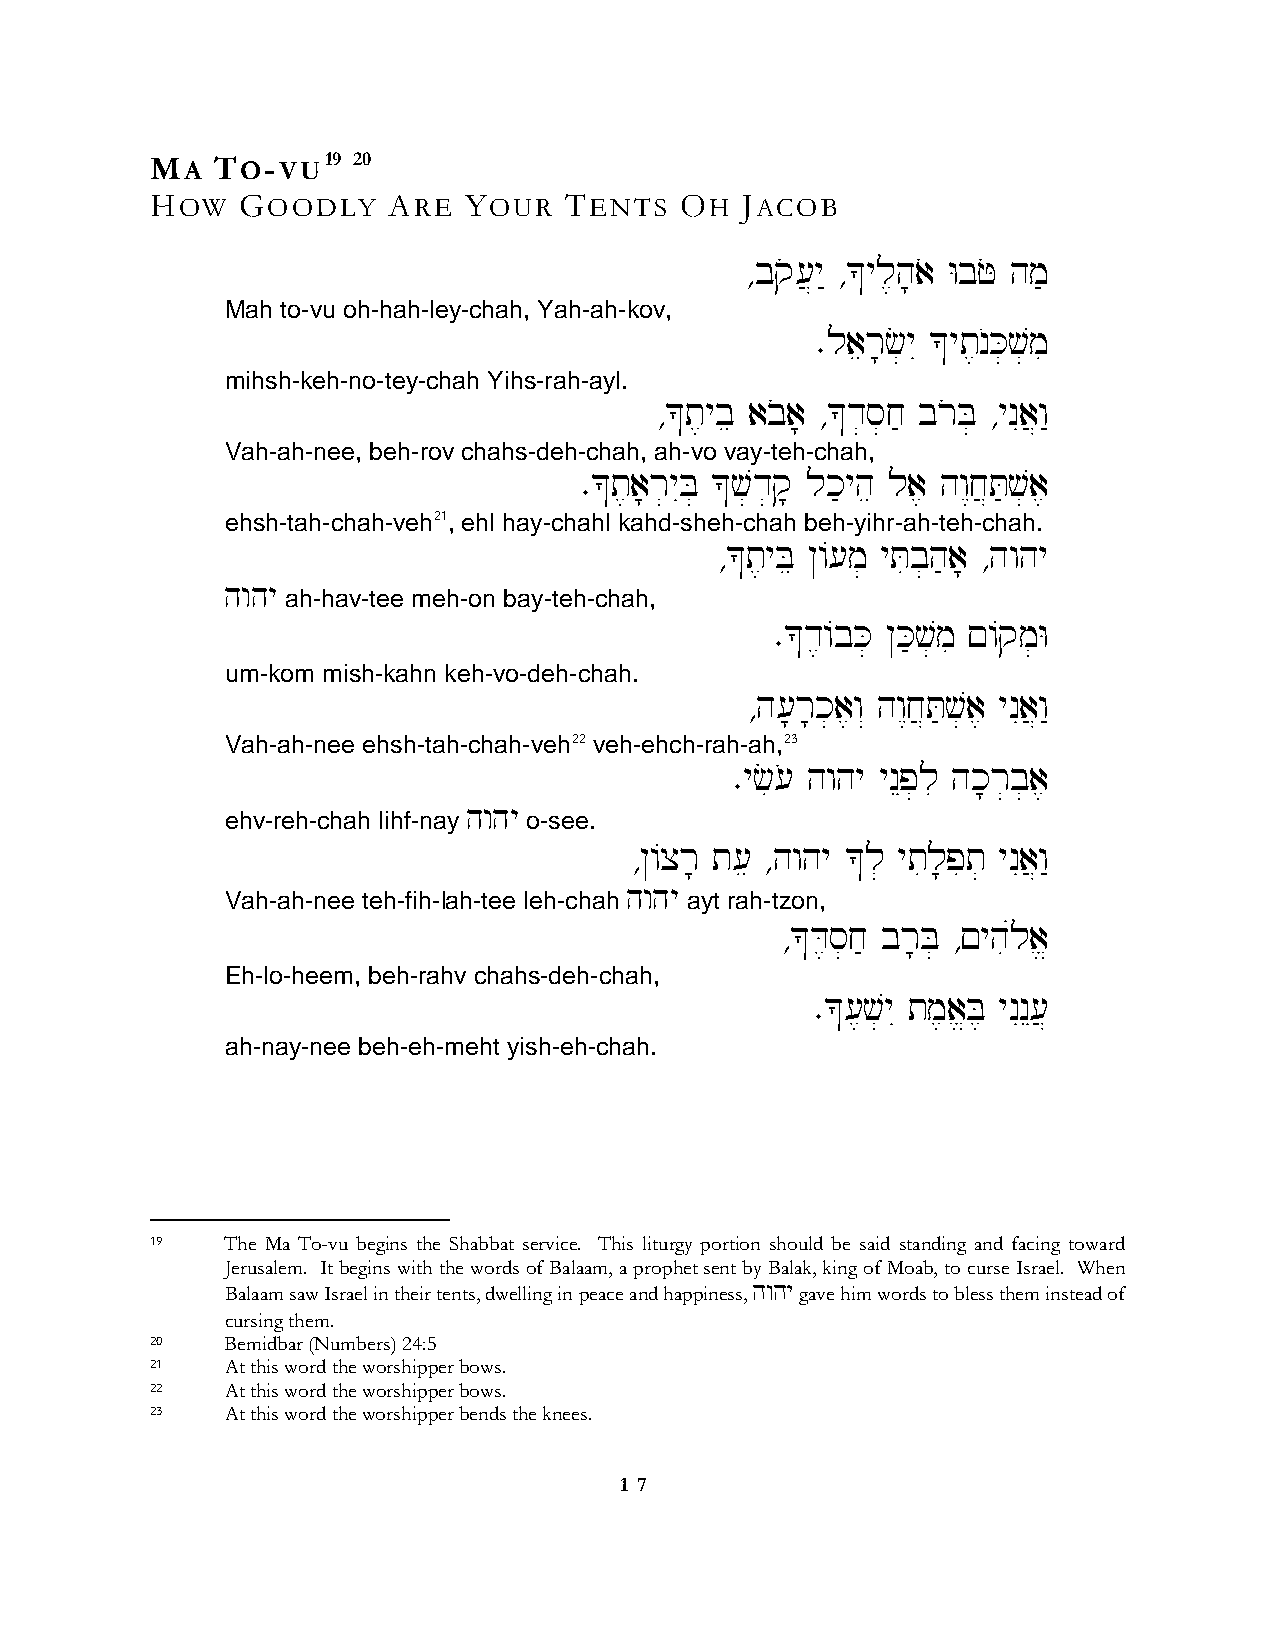
MA  TO-VU19  20
 HOW   GOODLY    ARE  YOUR  TENTS   OH  JACOB
 ∆bqo[}y" ∆*yl,h;ao WbFo hm'
 Mah to-vu oh-hah-ley-chah, Yah-ah-kov,
 ∑laer;c]yI *yt,nOK]v]mi
 mihsh-keh-no-tey-chah Yihs-rah-ayl.
 ∆*t,ybe aboa; ∆*d]s]j' broB] ∆ynIa}w"
 Vah-ah-nee, beh-rov chahs-deh-chah, ah-vo vay-teh-chah,
 ∑*t,a;r]yIB] *v]d]q; lk'yhe la, hw<j}T'v]a,
 ehsh-tah-chah-veh21, ehl hay-chahl kahd-sheh-chah beh-yihr-ah-teh-chah.
 ∆*t,yBe @/[m] yTib]h'a; ∆hwhy
 hwhy
 ah-hav-tee meh-on bay-teh-chah,
 ∑*d,/bK] @K'v]mi !/qm]W
 um-kom mish-kahn keh-vo-deh-chah.
 ∆h[;r;k]a,w“ hw<j}T'v]a, ynIa}w"
 Vah-ah-nee ehsh-tah-chah-veh22 veh-ehch-rah-ah,23
 ∑yci[o hwhy ynEp]li hk;r]b]a,
 hwhy
 ehv-reh-chah lihf-nay o-see.
 ∆@/xr; t[e ∆hwhy *l] ytil;pit] ynIa}w"
 hwhy
 Vah-ah-nee teh-fih-lah-tee leh-chah ayt rah-tzon,
 ∆*D,s]j' br;B] ∆!yhiúla>
 Eh-lo-heem, beh-rahv chahs-deh-chah,
 ∑*[,v]yI tm,a>B, ynInE[}
 ah-nay-nee beh-eh-meht yish-eh-chah.
 19   The Ma To-vu begins the Shabbat service. This liturgy portion should be said standing and facing toward
 Jerusalem. It begins with the words of Balaam, a prophet sent by Balak, king of Moab, to curse Israel. When
 Balaam saw Israel in their tents, dwelling in peace and happiness, hwhy gave him words to bless them instead of
 cursing them.
 20   Bemidbar (Numbers) 24:5
 21   At this word the worshipper bows.
 22   At this word the worshipper bows.
 23   At this word the worshipper bends the knees.
 1 7